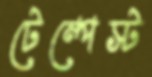
টেম্পেস্ট